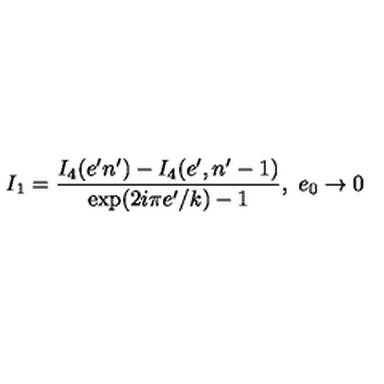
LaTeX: I _ { 1 } = \frac { I _ { 4 } ( e ^ { \prime } n ^ { \prime } ) - I _ { 4 } ( e ^ { \prime } , n ^ { \prime } - 1 ) } { \mathrm { e x p } ( 2 i \pi e ^ { \prime } / k ) - 1 } , \ e _ { 0 } \rightarrow 0